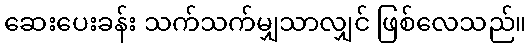
ဆေးပေးခန်း သက်သက်မျှသာလျှင် ဖြစ်လေသည်။